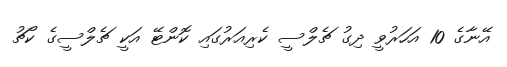
އޭނާގެ 10 އަހަރުވީ ދިގު ޗެލްސީ ކެރިއަރުގައި ކޮންޓޭ އަކީ ޗެލްސީގެ ކޯޗު